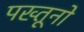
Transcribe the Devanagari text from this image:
पख्तूनो